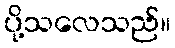
ပို့သလေသည်။